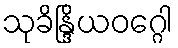
သုခိန္ဒြိယဝဂ္ဂေါ